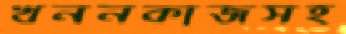
খননকাজসহ